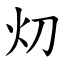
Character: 灱